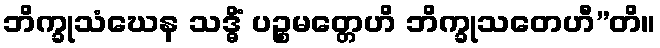
ဘိက္ခုသံဃေန သဒ္ဓိံ ပဉ္စမတ္တေဟိ ဘိက္ခုသတေဟီ”တိ။